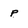
Character: p